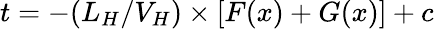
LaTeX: t=-(L_{H}/V_{H})\times[F(x)+G(x)]+c